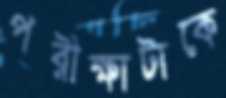
পরীক্ষাটাকে